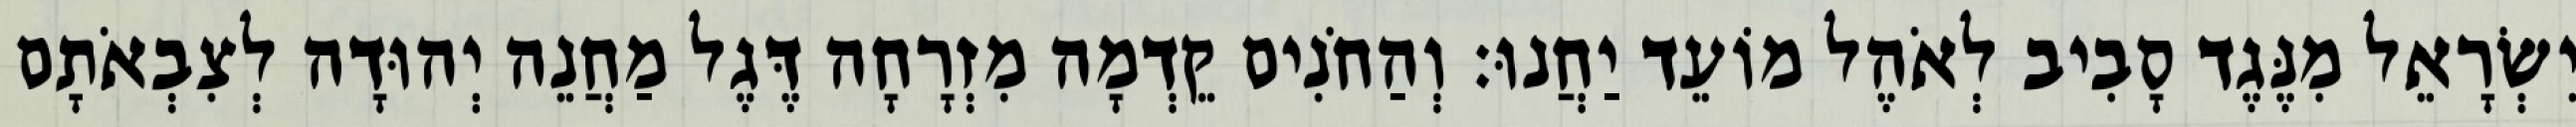
יִשְׂרָאֵל מִנֶּגֶד סָבִיב לְאֹהֶל מוֹעֵד יַחֲנוּ׃ וְהַחֹנִים קֵדְמָה מִזְרָחָה דֶּגֶל מַחֲנֵה יְהוּדָה לְצִבְאֹתָם